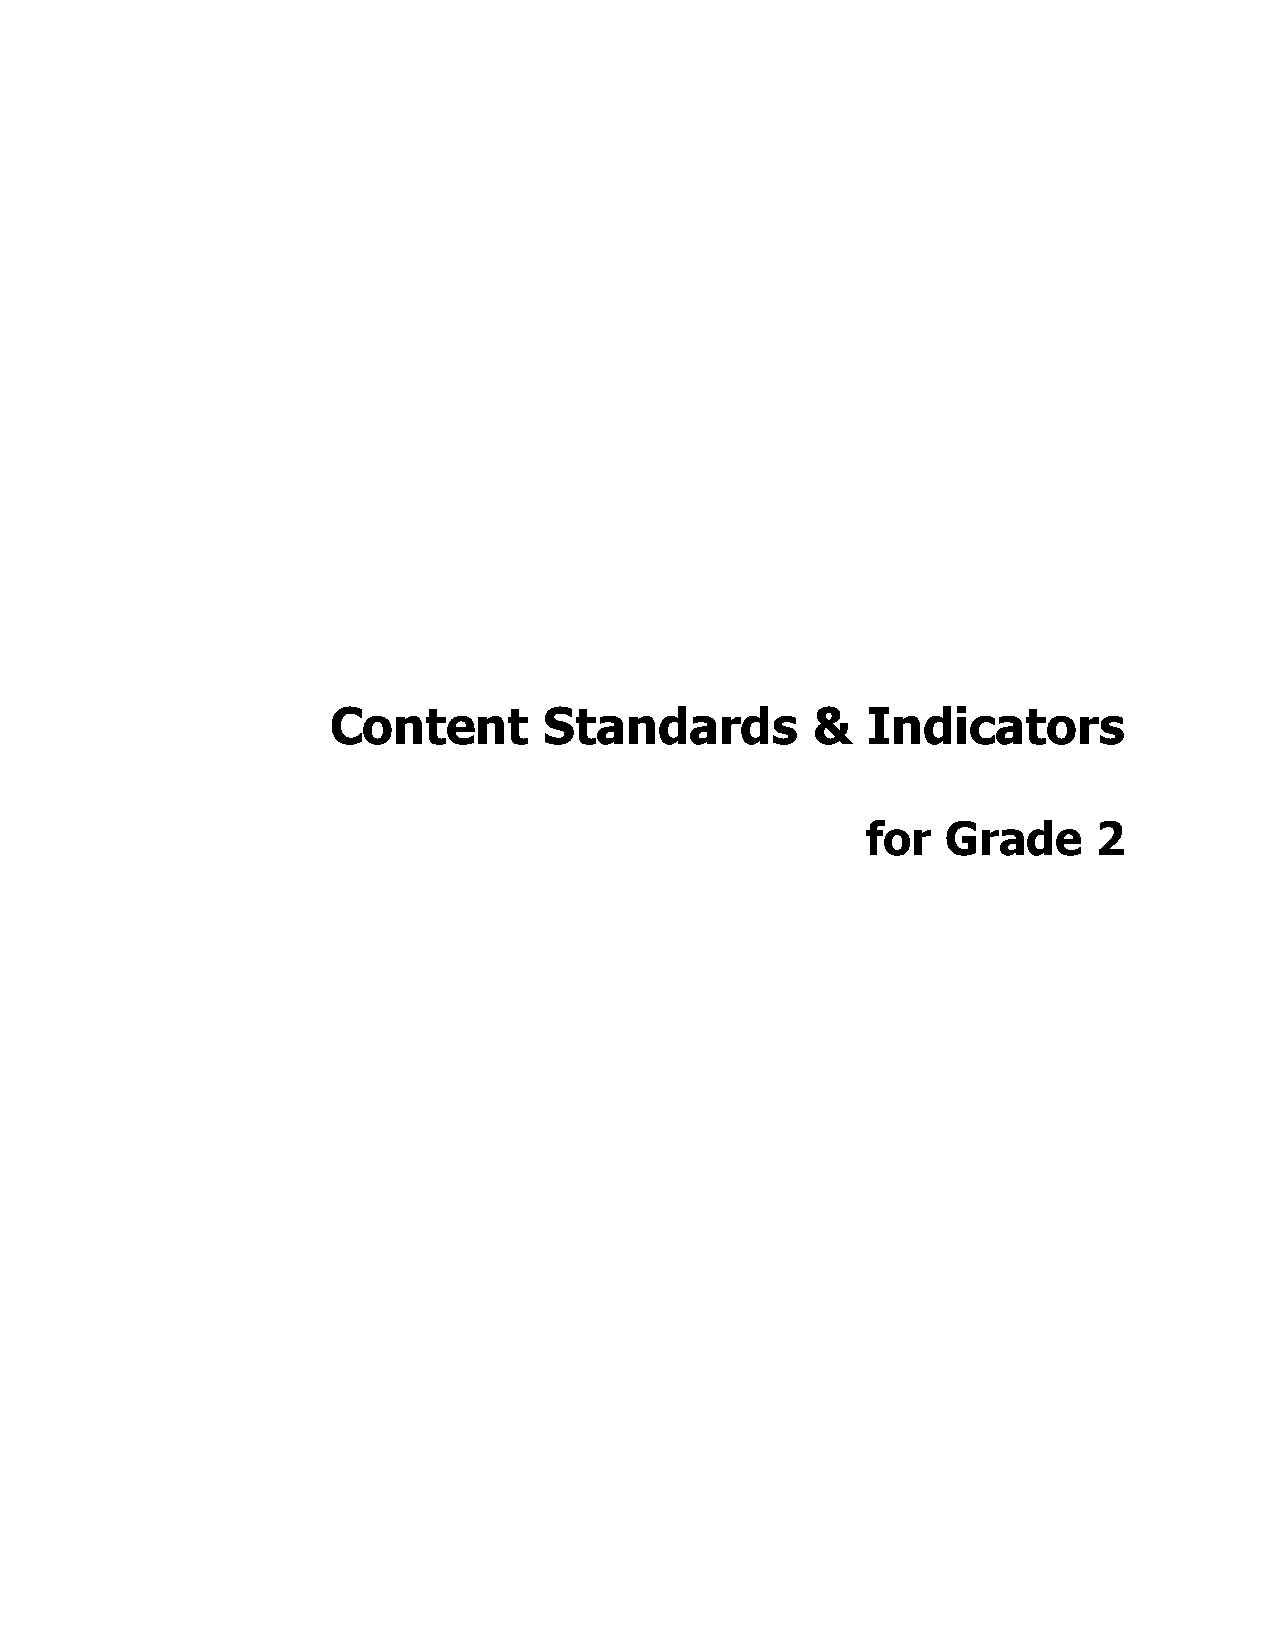
Content       Standards         &  Indicators
 for   Grade     2